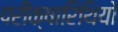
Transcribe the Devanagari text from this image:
परीक्षारिथियों